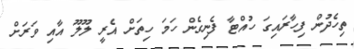
ތިހެދުން ފިހާރައިގަ ހުއްޓާ ފެނިގެން ހަމަ ހިތަށް އެރީ ލޫލޫ އާއި ވަރަށް